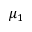
\mu _ { 1 }